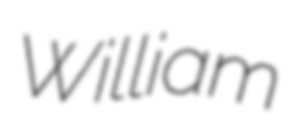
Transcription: William